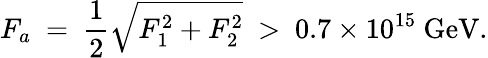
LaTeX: F_{a}\ =\ {\frac{1}{2}}\sqrt{F_{1}^{2}+F_{2}^{2}}\ >\ 0.7\times 10^{15}\ \mathrm{GeV.}